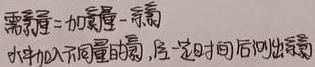
需氧量 = 加氧量 - 剩余水中加入不同量氧时，经一定时间后测出剩余